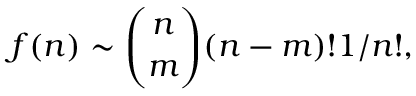
f ( n ) \sim { \binom { n } { m } } ( n - m ) ! 1 / n ! ,